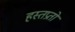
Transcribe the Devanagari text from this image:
हस्तप्रतों